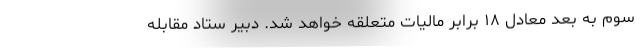
سوم به بعد معادل ۱۸ برابر مالیات متعلقه خواهد شد. دبیر ستاد مقابله